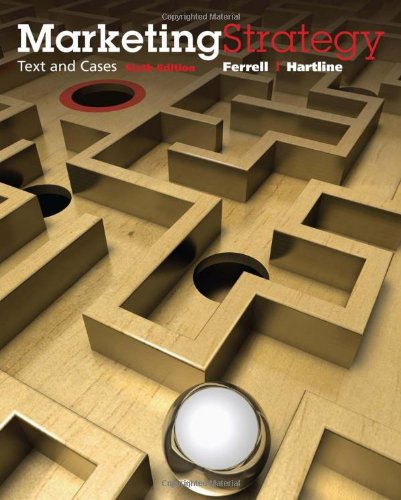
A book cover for Marketing Strategy, Text and Cases; O. C. Ferrell; Business & Money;